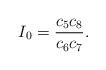
LaTeX: \begin{align*} I_0=\frac{c_5c_8}{c_6c_7}.\end{align*}